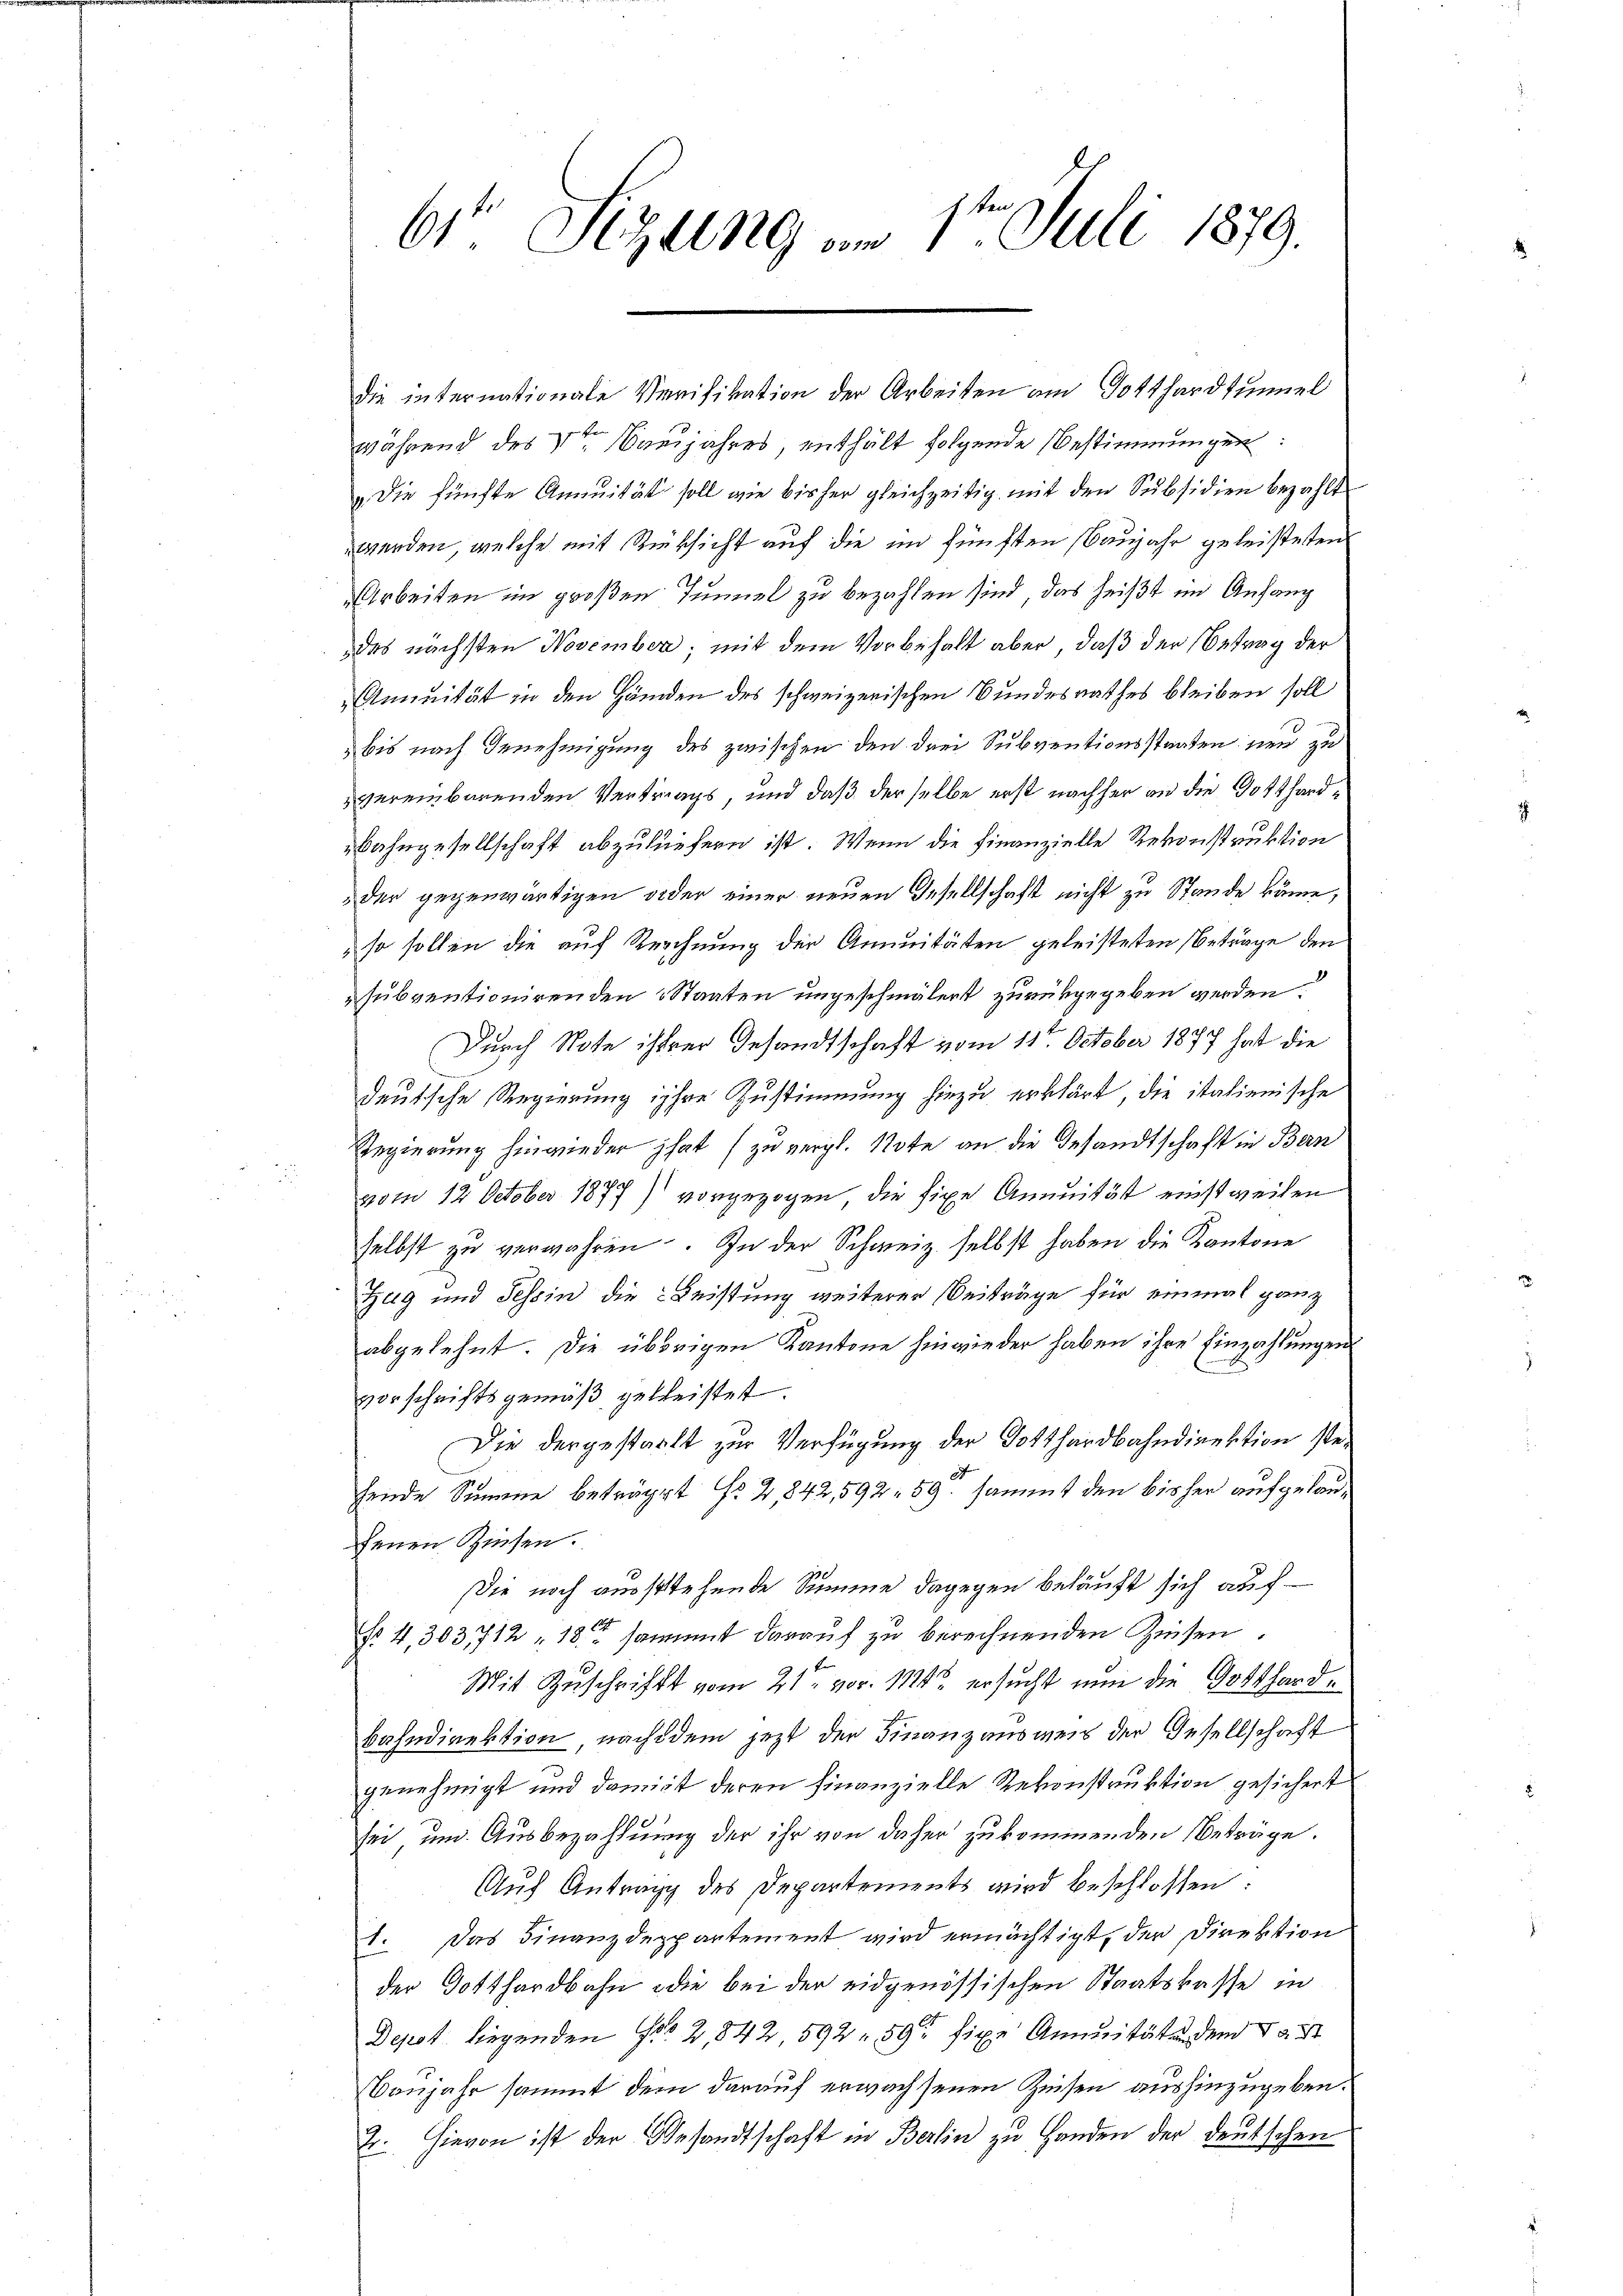
61 Sizung am 1ten Juli 1879.

die internationale Verifikation der Arbeiten am Gotthardsummel
während des Veter Banjahres, enthält folgende Bestimmungen:
„Die fünfte Annuität soll wie bisher gleichzeitig mit den Subsidien bezahlt
werden, welche mit Rücksicht auf die im fünften (Baujahr geleisteten
Arbeiten im großen Tunnel zu bezahlen sind, das heißt im Anfang
des nächsten November; mit dem Vorbehalt aber, daß der Betrag der
Annität in den Händen des schweizerischen Bundesrathes bleiben soll
 bis nach Genehmigung des zwischen den drei Subventionsstaaten neu zu
vereinbarenden Vertrags, und daß derselbe erst nachher an die Gotthard¬
Bahngesellschaft abzuliefern ist. Wenn die Finanzielle Rekonstruktion
der gegenwärtigen oder einer neuen Gesellschaft nicht zu Stande käme,
so sollen die auf Rechnung der Annuitäten geleisteten Betrage den
subventionirenden Staaten ungeschmälert zurückgegeben werden.
Durch Note ihrer Gesandtschaft vom 11ten October 1877 hat die
deutsche Regierung ihre Zustimmung hiezu erklärt die italienische
Regierung hinwieder hat (zu vergl. Note an die Gesandtschaft in Bern
vom 12 October 1877) vorgezogen, die fixe Annuität einstweilen
selbst zu verwahren. In der Schweiz selbst haben die Kantone
Zug und Tessin die Leistung weiterer Beiträge für einmal ganz
abgelehnt. Die übrigen Kantone hinwieder haben ihre Einzahlungen
vorschriftsgemäß gebleistet.
Die dergestarkt zur Verfügung der Gotthardbahndirektion stehende Summe beträgt No 2,842,592. 59. sammt den bisher aufgelaufenen Zinsen.
Die noch ausstehende Summe dagegen beläuft sich auf
Nr. 4, 303712 - 18. sammet darauf zu berechnenden Zinsen.
Mit Zuschrift vom 21ten vor. 11 ersucht nun die Gotthardbahndirektion, nachdem jetzt der Finanzausweis der Gesellschaft
genehmigt und damit deren Finanzielle Rekonstruktion gesichert
sei und Ausbezahlung der ihr von daher zukommenden Beträge.
Aŭf Antrag des Departements wird beschlossen:
1. Das Finanzdeppartement wird ermächtigt, der Direktion
der Gotthardbahn die bei der eidgenössischen Staatskasse in
Depot liegenden Fr. 2, 842, 592. 59 fixe Annuitäte dem 15.
Vonjahr sammt dem darauf erwachsenen Zeisen aushinzugeben.
2. Hievon ist der Gesandtschaft in Berlin zu Handen der deutschen